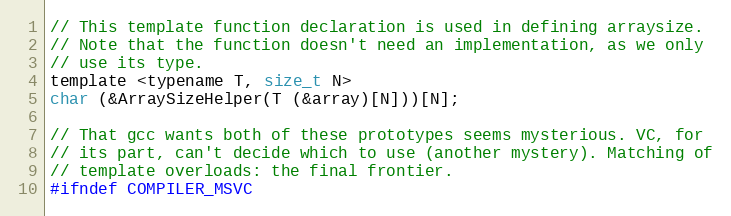
Language: C
// This template function declaration is used in defining arraysize.
// Note that the function doesn't need an implementation, as we only
// use its type.
template <typename T, size_t N>
char (&ArraySizeHelper(T (&array)[N]))[N];

// That gcc wants both of these prototypes seems mysterious. VC, for
// its part, can't decide which to use (another mystery). Matching of
// template overloads: the final frontier.
#ifndef COMPILER_MSVC